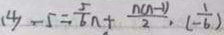
( 4 ) - 5 = \frac { 5 } { 6 } n + \frac { n ( n - 1 ) } { 2 } , ( - \frac { 1 } { 6 } )